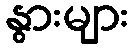
နွားများ